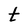
Character: t